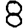
Digit: 8